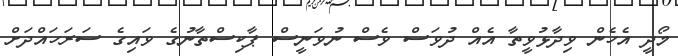
މޯދީ އެހެން ވިދާޅުވީތާ އެއް ދުވަސް ވެސް ނުވަނީސް ޕާކިސްތާނުގެ ވައިގެ ސަރަހައްދަށް